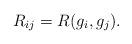
LaTeX: \begin{align*}R_{ij}=R(g_{i},g_{j}).\end{align*}